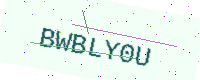
Text: BWBLY0U